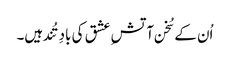
اُن کے سُخن آتشِ عشق کی بادِ تُند ہیں۔